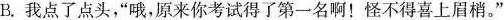
B.我点了点头，”哦，原来你考试得了第一名啊！怪不得喜上眉梢。”